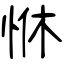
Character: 恘